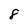
Character: 8